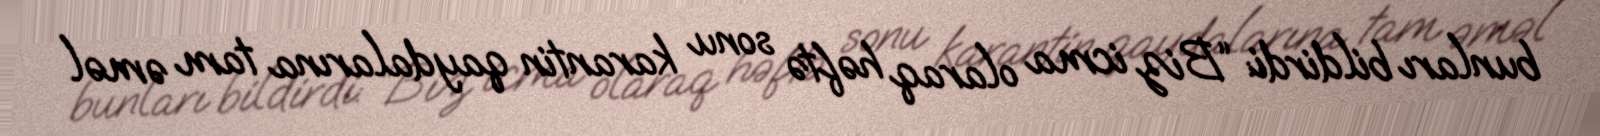
bunları bildirdi: “Biz icma olaraq həftə sonu karantin qaydalarına tam əməl